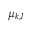
\mu _ { k , l }